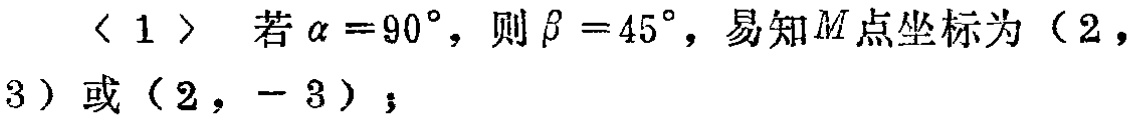
$<1>$ 若 $\alpha = 90^{\circ}$，则 $\beta = 45^{\circ}$，易知 $M$ 点坐标为 $(2,3)$ 或 $(2,-3)$；